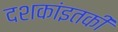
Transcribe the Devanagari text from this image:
दशकांइतकी